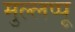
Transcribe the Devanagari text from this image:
मुल्लप्पू